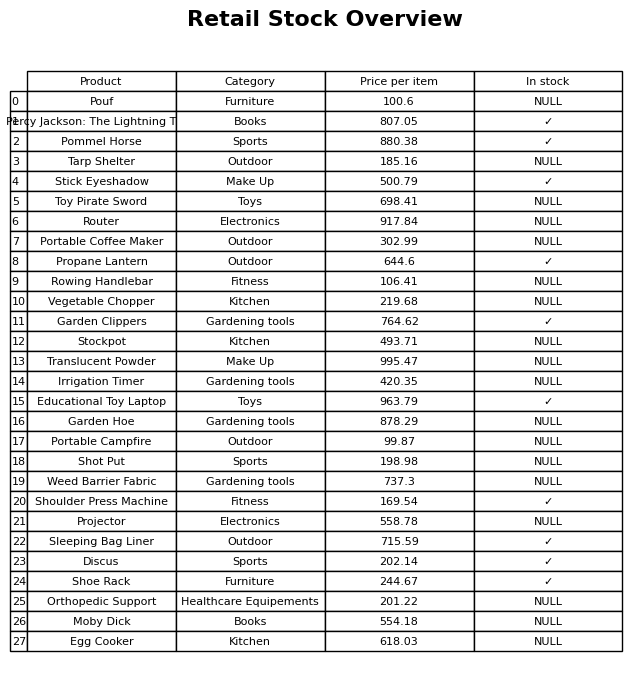
question: What is the price for Egg Cooker?
answer: The price of Egg Cooker is 618.03.